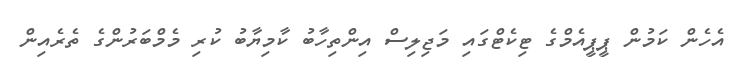
އެހެން ކަމުން ޕީޕީއެމްގެ ޓިކެޓްގައި މަޖިލިސް އިންތިހާބު ކާމިޔާބު ކުރި މެމްބަރުންގެ ތެރެއިން